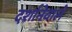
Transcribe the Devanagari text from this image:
दर्शानेवाले